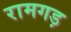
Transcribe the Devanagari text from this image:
रामगड़